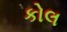
કોલ